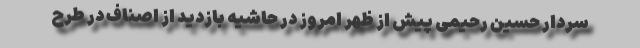
سردار حسین رحیمی پیش از ظهر امروز در حاشیه بازدید از اصناف در طرح